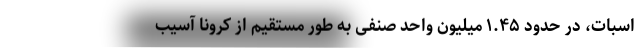
اسبات، در حدود ۱.۴۵ میلیون واحد صنفی به طور مستقیم از کرونا آسیب